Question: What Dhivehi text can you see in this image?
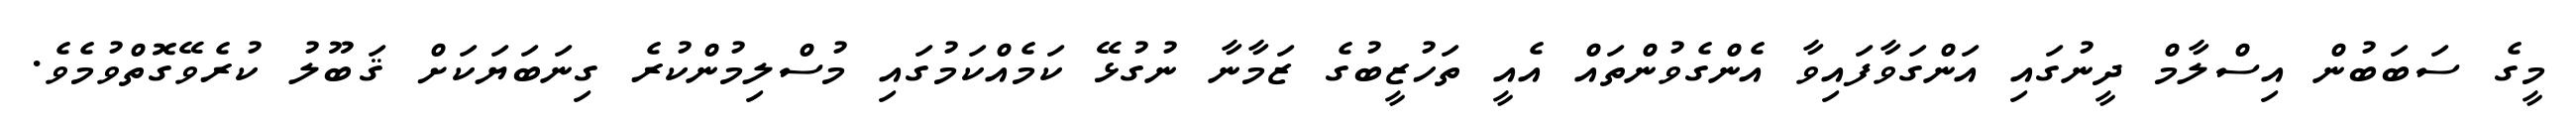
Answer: މީގެ ސަބަބުން އިސްލާމް ދީނުގައި އަންގަވާފައިވާ އެންގެވުންތައް އެއީ ތަހުޒީބުގެ ޒަމާނާ ނުގުޅޭ ކަމެއްކަމުގައި މުސްލިމުންކުރެ ގިނަބަޔަކަށް ޤަބޫލު ކުރެވޭގޮތްވުމެވެ.